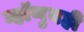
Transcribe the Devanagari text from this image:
म्हॉणुनही